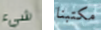
شيء مكتبنا